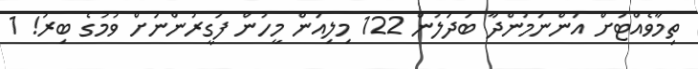
ތިމާވެއްޓަށް އަންނަމުންދާ ބަދަލުން 122 މިލިއަން މީހުން ފަގީރުންނަށް ވުމުގެ ބިރު! 1